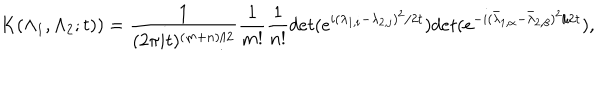
K ( \Lambda _ { 1 } , \Lambda _ { 2 } ; t ) ) = \frac { 1 } { ( 2 \pi i t ) ^ { ( m + n ) / 2 } } \frac { 1 } { m ! } \frac { 1 } { n ! } d e t ( e ^ { i ( \lambda _ { 1 , i } - \lambda _ { 2 , j } ) ^ { 2 } / 2 t } ) d e t ( e ^ { - i ( { \bar { \lambda } } _ { 1 , \alpha } - { \bar { \lambda } } _ { 2 , \beta } ) ^ { 2 } / 2 t } ) ,